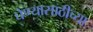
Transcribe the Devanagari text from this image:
घेण्यासाठीच्या